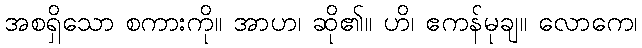
အစရှိသော စကားကို။ အာဟ၊ ဆို၏။ ဟိ၊ ဧကန်မုချ။ လောကေ၊